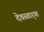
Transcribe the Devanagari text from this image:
देवस्वार्‍या